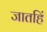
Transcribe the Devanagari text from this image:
जातहिं